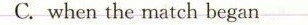
C.when the match began